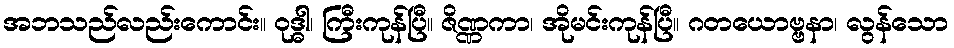
အဘသည်လည်းကောင်း။ ဝုဒ္ဓါ၊ ကြီးကုန်ပြီ။ ဇိဏ္ဏကာ၊ အိုမင်းကုန်ပြီ။ ဂတယောဗ္ဗနာ၊ လွန်သော